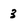
Character: 3